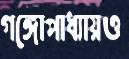
গঙ্গোপাধ্যায়ও